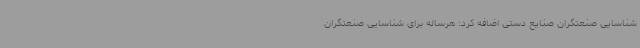
شناسایی صنعتگران صنایع دستی اضافه کرد: هرساله برای شناسایی صنعتگران